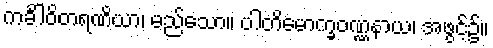
ကင်္ခါဝိတရဏိယာ၊ မည်သော။ ပါတိမောက္ခဝဏ္ဏနာယ၊ အဖွင့်၌။